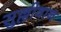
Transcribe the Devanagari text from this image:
सुल्लीवान